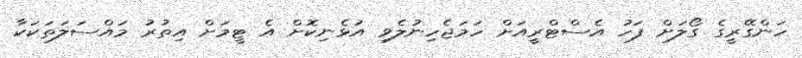
ހަންގޭރީގެ ގޯލަށް ފަހު އެސްޓްރީއަށް ހަމަޖެހިނުލެވި އުޅެނިކޮށް އެ ޓީމަށް އިތުރު މައްސަލަތަކަކާ